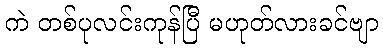
ကဲ တစ်ပုလင်းကုန်ပြီ မဟုတ်လားခင်ဗျာ